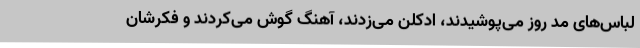
لباس‌های مد روز می‌پوشیدند، ادکلن می‌زدند، آهنگ گوش می‌کردند و فکرشان